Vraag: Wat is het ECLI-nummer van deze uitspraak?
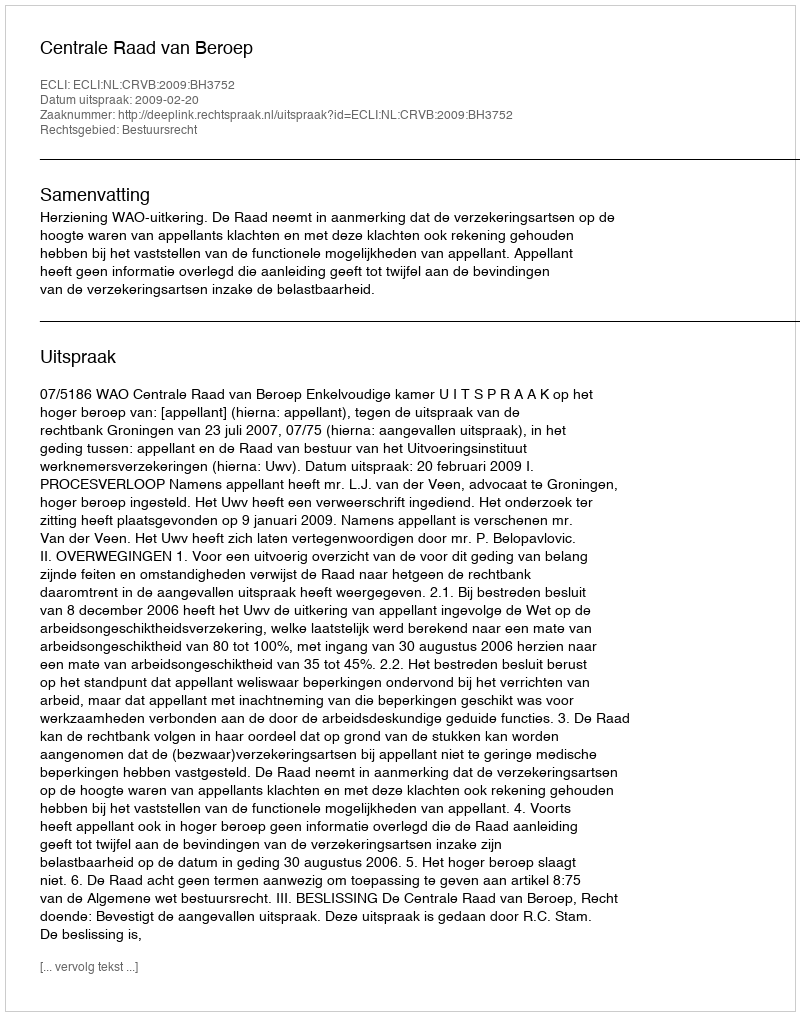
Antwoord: ECLI:NL:CRVB:2009:BH3752